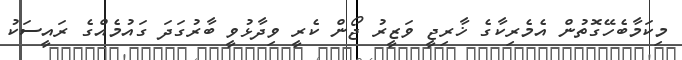
މިކަމާބެހޭގޮތުން އެމެރިކާގެ ޚާރިޖީ ވަޒީރު ޖޯން ކެރީ ވިދާޅުވީ ބާރުގަދަ ގައުމެއްގެ ރައީސަކު